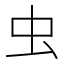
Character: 虫